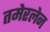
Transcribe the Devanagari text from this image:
तमेरलेन